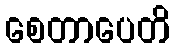
စေတာပေတိ